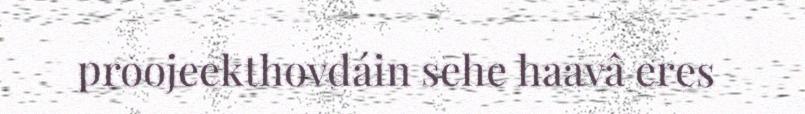
proojeekthovdáin sehe haavâ eres